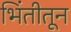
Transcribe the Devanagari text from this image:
भिंतीतून